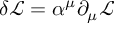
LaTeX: \delta { \mathcal { L } } = \alpha ^ { \mu } \partial _ { \mu } { \mathcal { L } }